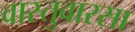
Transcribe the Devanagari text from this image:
वास्तुवारसा